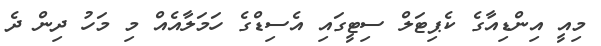
މިއީ އިންޑިއާގެ ކެޕިޓަލް ސިޓީގައި އެސިޑްގެ ހަމަލާއެއް މި މަހު ދިން ދެ